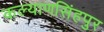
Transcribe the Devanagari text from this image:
कल्याणसिंहपुर